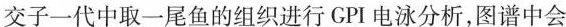
交子一代中取一尾鱼的组织进行GPI电泳分析，图谱中会